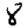
Digit: 8